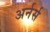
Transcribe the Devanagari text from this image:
अर्नर्स